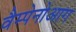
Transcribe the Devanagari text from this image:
वैम्पेनोआग